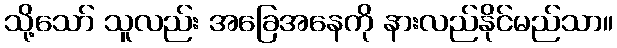
သို့သော် သူလည်း အခြေအနေကို နားလည်နိုင်မည်သာ။